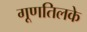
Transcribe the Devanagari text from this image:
गूणतिलके